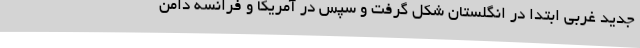
جدید غربی ابتدا در انگلستان شکل گرفت و سپس در آمریکا و فرانسه دامن